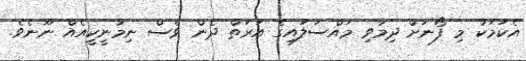
އެކަމަކު މި ފޯނަށް ދިމާވި މައްސަލައިގެ އަރަތް ދެން ވެސް ނިމުނީކީއެއް ނޫނެވެ.